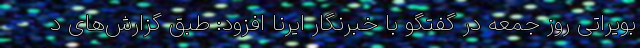
بویراتی روز جمعه در گفتگو با خبرنگار ایرنا افزود: طبق گزارش‌های د